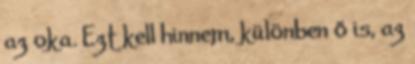
az oka. Ezt kell hinnem, különben ő is, az